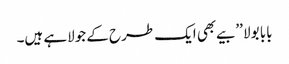
بابا بولا ’’بیے بھی ایک طرح کے جولاہے ہیں۔